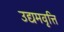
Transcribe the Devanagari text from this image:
उद्यमवृत्ति